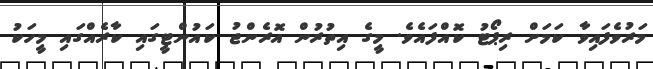
މަރުވެފައިވާ ކަމަށް ރިޕޯޓު ކޮއްފައެވެ. މީގެ އިތުރުން އޮރެެންޖު ކައުންޓީގައި ކާރެއްގައި މީހަކު